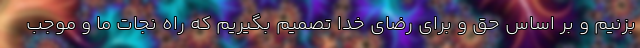
بزنیم و بر اساس حق و برای رضای خدا تصمیم بگیریم که راه نجات ما و موجب